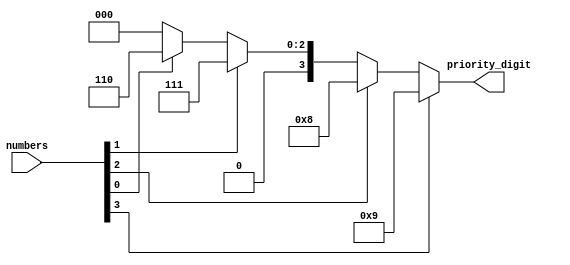
module decimal_priority_encoder(
    input [3:0] numbers,
    output reg [3:0] priority_digit
);

always @(*) begin
    priority_digit = 4'b0000; //default value
    
    if(numbers[3])
        priority_digit = 4'b1001; //9
    else if(numbers[2])
        priority_digit = 4'b1000; //8
    else if(numbers[1])
        priority_digit = 4'b0111; //7
    else if(numbers[0])
        priority_digit = 4'b0110; //6
end

endmodule